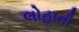
લોહાની